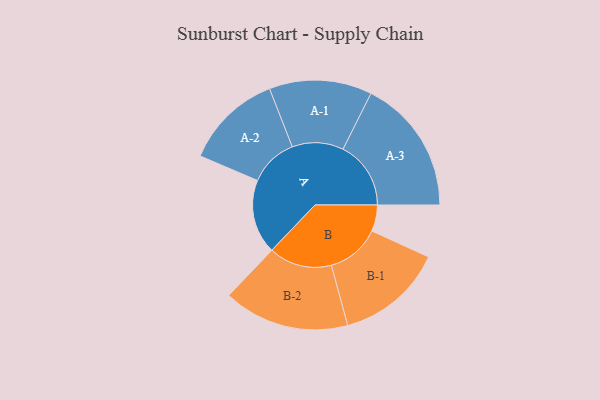
{"axis": {"x": "Segment", "y": "Value"}, "legend": ["", "A", "B"], "data": [{"x": "A", "y": 311, "type": ""}, {"x": "B", "y": 110, "type": ""}, {"x": "A-1", "y": 215, "type": "A"}, {"x": "A-2", "y": 204, "type": "A"}, {"x": "A-3", "y": 284, "type": "A"}, {"x": "B-1", "y": 225, "type": "B"}, {"x": "B-2", "y": 264, "type": "B"}]}